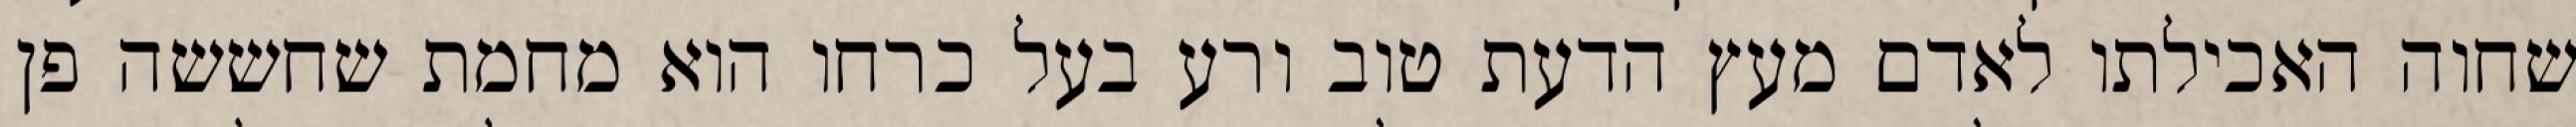
שחוה האכילתו לאדם מעץ הדעת טוב ורע בעל כרחו הוא מחמת שחששה פן